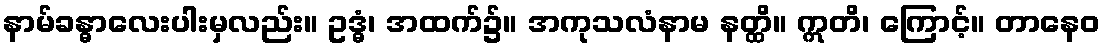
နာမ်ခန္ဓာလေးပါးမှလည်း။ ဥဒ္ဓံ၊ အထက်၌။ အကုသလံနာမ နတ္ထိ။ ဣတိ၊ ကြောင့်။ တာနေဝ